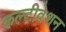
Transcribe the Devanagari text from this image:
कल्टीवेशन